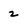
Character: z